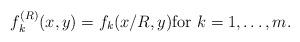
LaTeX: \begin{align*} f^{(R)}_k(x,y) = f_k(x/R,y) \textup{for $k=1,\ldots,m$.}\end{align*}